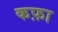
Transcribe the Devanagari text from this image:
कफ़ा